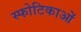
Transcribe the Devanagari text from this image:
स्फोटिकाओं